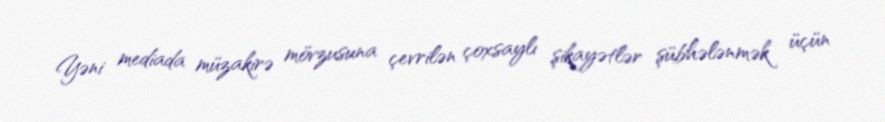
Yəni mediada müzakirə mövzusuna çevrilən çoxsaylı şikayətlər şübhələnmək üçün